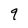
Character: 9